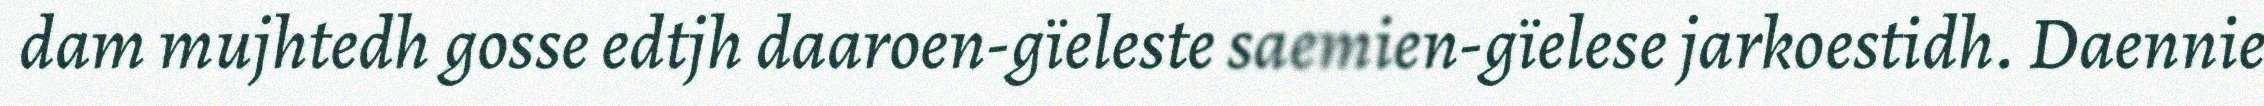
dam mujhtedh gosse edtjh daaroen-gïeleste saemien-gïelese jarkoestidh. Daennie